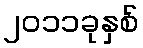
၂၀၁၁ခုနှစ်